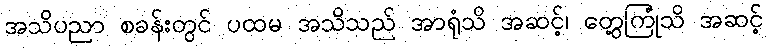
အသိပညာ စခန်းတွင် ပထမ အသိသည် အာရုံသိ အဆင့်၊ တွေ့ကြုံသိ အဆင့်